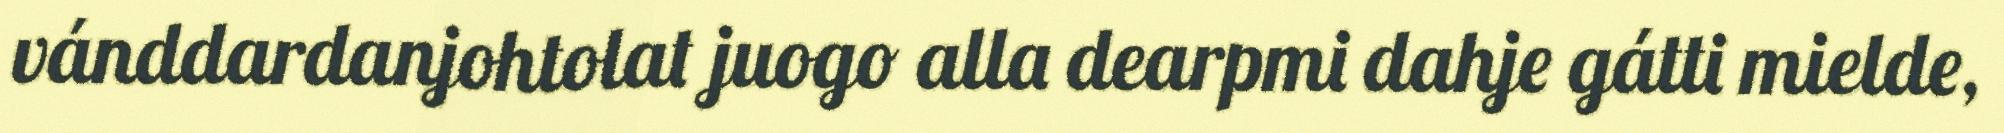
vánddardanjohtolat juogo alla dearpmi dahje gátti mielde,